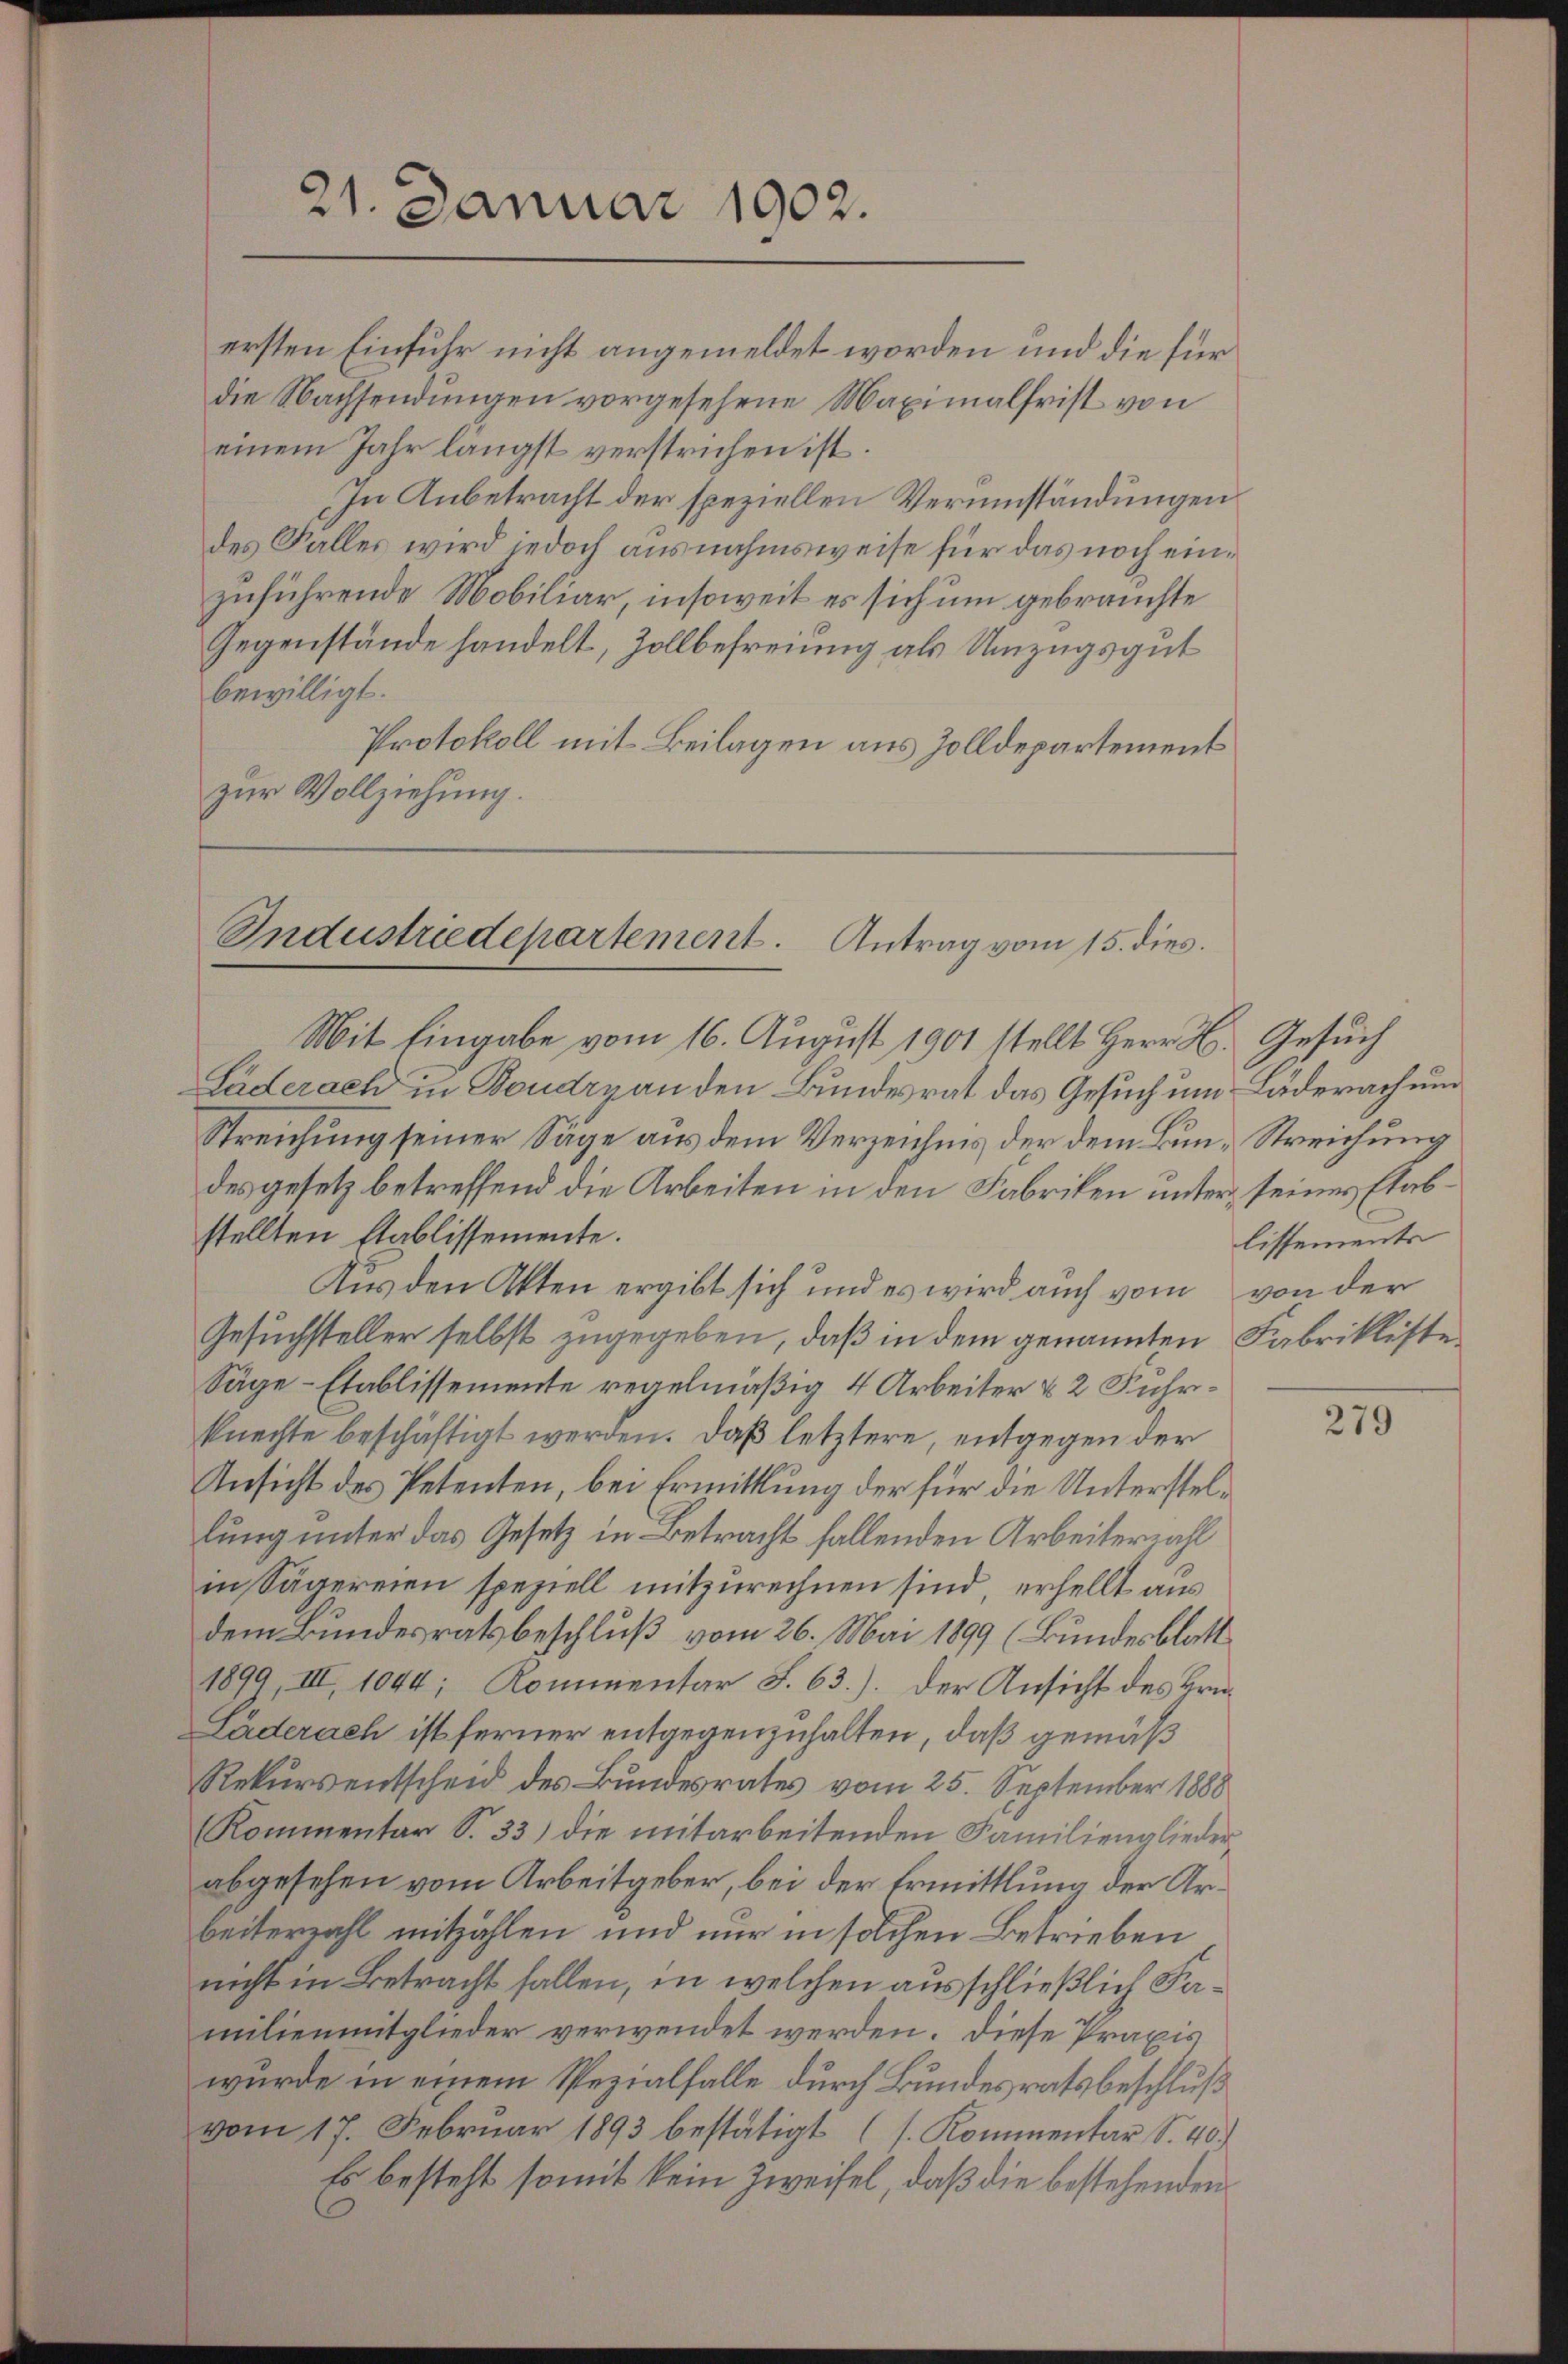
21. Januar 1902.

In Anbetracht der speziellen Verumständungen
des Falles wird jedoch ausnahmsweise für das noch einzuführende Mobiliar, insoweit es sich um gebrauchte
Gegenstände handelt, Zollbefreiung als Umzugsgut
bewilligt.
Protokoll mit Beilagen aus Zolldepartement
zur Vollziehung.

ersten Einfuhr nicht angemeldet worden und die für
die Nachsendungen vorgesehene Maximalfrist von
einem Jahr längst verstrichen ist.

Industriedepartement. Antrag vom 15. dies
Mit Eingabe vom 16. August 1901 stellt Herr H. Gesuch

Läderach in Boudry an den Bundesrat das Gesuch um Läderach um
Streichung seiner Säge aus dem Verzeichnis der dem Bun-Streichung
des gesetz betreffend die Arbeiten in den Fabriken unter seines Etabstellten Etablissemente.
Aus den Akten ergibt sich und es wird auch vom von der
Gesuchsteller selbst zugegeben, daß in dem genannten Fabrikliste¬
Säge-Etablissemente regelmäßig 4 Arbeiter & 2 Fuhrknechte beschäftigt werden. Daß letztere, entgegen der
Ansicht des Petenten, bei Ermittlung der für die Unterstellung unter das Gesetz in Betracht fallenden Arbeiterzahl
in Sägereien speziell mitzurechnen sind, erhellt aus
dem Bundesratsbeschluß vom 26. Mai 1899 (Bundesblatt
1899, III, 1044; Kommentar S. 63.). Der Ansicht des Hrn.
Läderach ist ferner entgegenzuhalten, daß gemäß
Rekursentscheid des Bundesrates vom 25. September 1888
Kommentar S. 33) die mitarbeitenden Familiengliederabgesehen vom Arbeitgeber, bei der Ermittlung der Arbeiterzahl mitzählen und nur in solchen Betrieben
nicht in Betracht fallen, in welchen ausschließlich Familienmitglieder verwendet werden. Diese Praxis
wurde in einem Spezialfalle durch Bundesratsbeschluß
vom 17. Febrŭar 1893 bestätigt (s. Kommentar S. 40.)
Es besteht somit kein Zweifel, daß die bestehenden

lissements

279